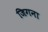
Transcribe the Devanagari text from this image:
जिगना